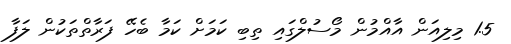
1.5 މިލިއަން އާއްމުން މޯސުލްގައި ތިބި ކަމަށް ކަމާ ބެހޭ ފަރާތްތަކުން ލަފާ